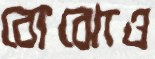
বোঝোও